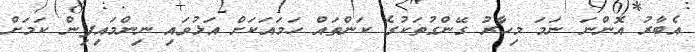
އެބާރު އޮންނަ ނަމަ މިހާރު ގޭންގުތަކުގެ ކަންތައް ހަމައަކަށް އަޅުވައި ނިންމައިފިން ކަމަށް